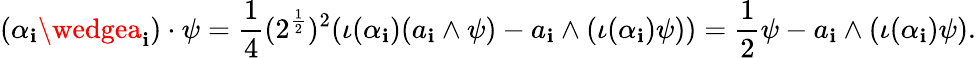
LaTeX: (\alpha_{\mathbf{i}}\wedgea_{\mathbf{i}})\cdot\psi={\frac{{1}}{{4}}}(2^{\frac{{1}}{{2}}})^{2}(\iota(\alpha_{\mathbf{i}})(a_{\mathbf{i}}\wedge\psi)-a_{\mathbf{i}}\wedge(\iota(\alpha_{\mathbf{i}})\psi))={\frac{{1}}{{2}}}\psi-a_{\mathbf{i}}\wedge(\iota(\alpha_{\mathbf{i}})\psi).